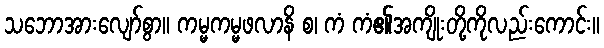
သဘောအားလျော်စွာ။ ကမ္မကမ္မဖလာနိ စ၊ ကံ ကံ၏အကျိုးတို့ကိုလည်းကောင်း။